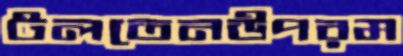
টলতেনউপরম